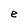
Character: e